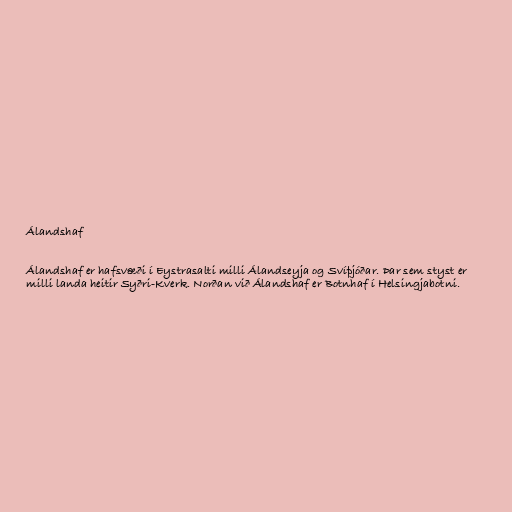
Álandshaf

Álandshaf er hafsvæði í Eystrasalti milli Álandseyja og Svíþjóðar. Þar sem styst er
milli landa heitir Syðri-Kverk. Norðan við Álandshaf er Botnhaf í Helsingjabotni.